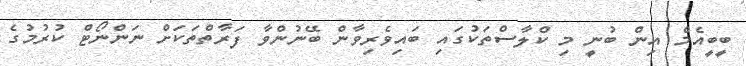
ބީބީއެމް އިން ބުނީ މި ކްލާސްތަކުގައި ބައިވެރިވާން ބޭނުންވާ ފަރާތްތަކަށް ނަންނޯޓް ކުރުމުގެ